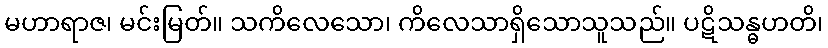
မဟာရာဇ၊ မင်းမြတ်။ သကိလေသော၊ ကိလေသာရှိသောသူသည်။ ပဋိသန္ဓဟတိ၊